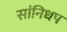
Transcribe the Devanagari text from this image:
सांनिधप